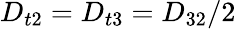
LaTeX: D_{t2}=D_{t3}=D_{32}/2